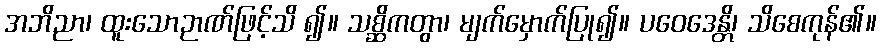
အဘိညာ၊ ထူးသောဉာဏ်ဖြင့်သိ ၍။ သစ္ဆိကတွာ၊ မျက်မှောက်ပြု၍။ ပဝေဒေန္တိ၊ သိစေကုန်၏။